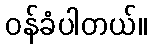
ဝန်ခံပါတယ်။